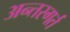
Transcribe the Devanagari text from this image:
अन्तरगर्त